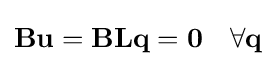
\mathbf {Bu} =\mathbf {B} \mathbf {L} \mathbf {q} =\mathbf {0} \quad \forall \mathbf {q}